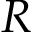
R